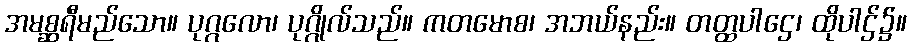
အမစ္ဆရီမည်သော။ ပုဂ္ဂလော၊ ပုဂ္ဂိုလ်သည်။ ကတမောစ၊ အဘယ်နည်း။ တတ္ထပါဌေ၊ ထိုပါဌ်၌။